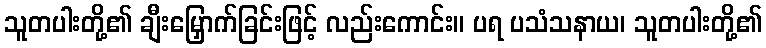
သူတပါးတို့၏ ချီးမြှောက်ခြင်းဖြင့် လည်းကောင်း။ ပရ ပသံသနာယ၊ သူတပါးတို့၏